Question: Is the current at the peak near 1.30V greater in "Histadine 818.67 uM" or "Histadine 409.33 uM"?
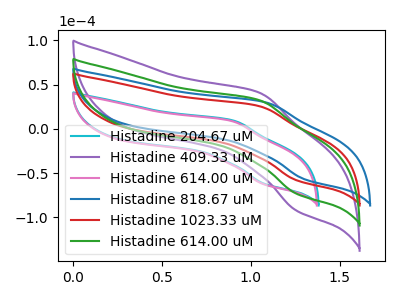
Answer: <think>The cyan curve "Histadine 204.67 uM" has an anodic peak at (0.90V, 9.65uA) and a cathodic peak at (1.10V, -62.05uA). The purple curve "Histadine 409.33 uM" has an anodic peak at (1.05V, 64.80uA) and a cathodic peak at (1.25V, -146.25uA). The pink curve "Histadine 614.00 uM" has an anodic peak at (0.90V, 8.95uA) and a cathodic peak at (1.05V, -62.25uA). The blue curve "Histadine 818.67 uM" has an anodic peak at (1.10V, 29.80uA) and a cathodic peak at (1.30V, -56.95uA). The red curve "Histadine 1023.33 uM" has an anodic peak at (1.05V, 25.70uA) and a cathodic peak at (1.25V, -58.00uA). The green curve "Histadine 614.00 uM" has an anodic peak at (1.05V, 32.40uA) and a cathodic peak at (1.25V, -73.15uA).</think>
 <answer>The peak at 1.30V is lower in "Histadine 818.67 uM" than in "Histadine 409.33 uM".</answer>
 <eval>lower</eval>